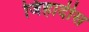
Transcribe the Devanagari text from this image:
जिहादीस